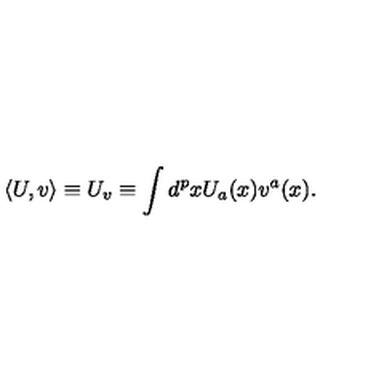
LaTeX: \langle U , v \rangle \equiv U _ { v } \equiv \int d ^ { p } x U _ { a } ( x ) v ^ { a } ( x ) .